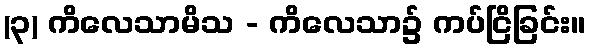
(၃) ကိလေသာမိသ - ကိလေသာ၌ ကပ်ငြိခြင်း။